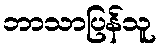
ဘာသာပြန်သူ